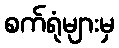
စက်ရုံများမှ